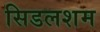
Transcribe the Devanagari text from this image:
सिडलशम